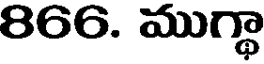
866. ముగ్థా